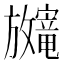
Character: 𫿨